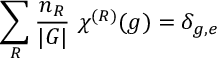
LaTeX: \sum _ { R } { \frac { n _ { R } } { | G | } } ~ \chi ^ { ( R ) } ( g ) = \delta _ { g , e }